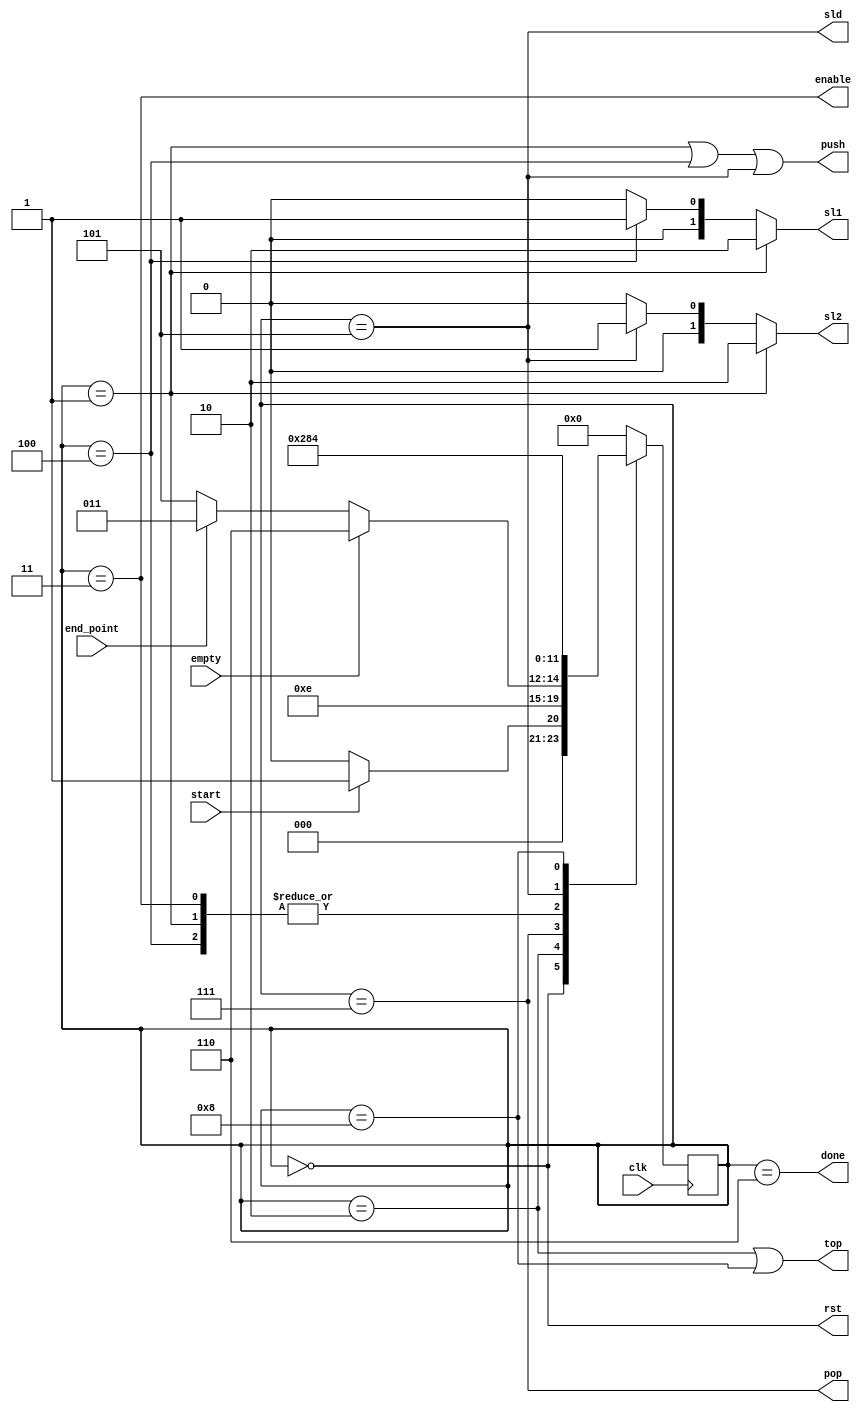
module Controller(clk, start, end_point, empty, rst, top, pop, push, sl1, sl2, sld, enable, done);
	input clk;
	input start;
	input end_point;
	input empty;

	output rst;
	output top;
	output pop;
	output push;
	output [1 : 0]sl1;
	output [1 : 0]sl2;
	output sld;
	output enable;
	output done;

	reg [3 : 0]current_state;
	reg [3 : 0]next_state;

	always @(*)
	begin
		case(current_state)
			4'b0000: next_state = start ? 4'b0001 : 4'b0000;
			4'b0001: next_state = 4'b0010;
			4'b0010: next_state = 4'b0111;
			4'b0111: next_state = empty ? 4'b0110 :
					end_point ? 4'b0011 : 4'b0101;
			4'b0011: next_state = 4'b0010;
			4'b0100: next_state = 4'b0010;
			4'b0101: next_state = 4'b1000;
			4'b1000: next_state = 4'b0100;
			4'b0110: next_state = 4'b0000;
			default: next_state = 4'b0000;
		endcase
	end

	assign rst = (current_state == 4'b0000);
	assign sl1 = (current_state == 4'b0001) ? 2'b010 :
			(current_state == 4'b0100) ? 2'b001 : 2'b000;
	assign sl2 = (current_state == 4'b0001) ? 2'b010 :
			(current_state == 4'b0101) ? 2'b001 : 2'b000;
	assign push = (current_state == 4'b0001) | (current_state == 4'b0100) | (current_state == 4'b0101);
	assign pop = (current_state == 4'b0111);
	assign top = (current_state == 4'b0010) | (current_state == 4'b1000);
	assign enable = (current_state == 4'b0011);
	assign sld = (current_state == 4'b0101);
	assign done = (current_state == 4'b0110);

	always @(posedge clk)
	begin
		current_state <= next_state;
	end
endmodule